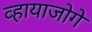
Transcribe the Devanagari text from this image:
व्हायाजोगे